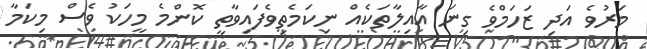
މަރުވެ އަދި ޒަހަމްވެ ގިނަ އާއިލާތަކެއް ނިކަމެތިވެފައިވާތީ ކޮންމެ މީހަކު ވެސް މިކަމާ